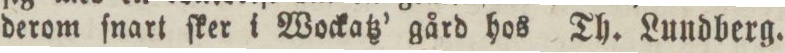
derom ſnart ſker i Wockatz’ gård hos Th. Lundberg.